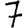
Digit: 7